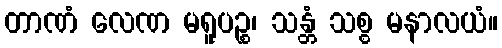
တာဏံ လေဏ မရူပဉ္စ၊ သန္တံ သစ္စ မနာလယံ။